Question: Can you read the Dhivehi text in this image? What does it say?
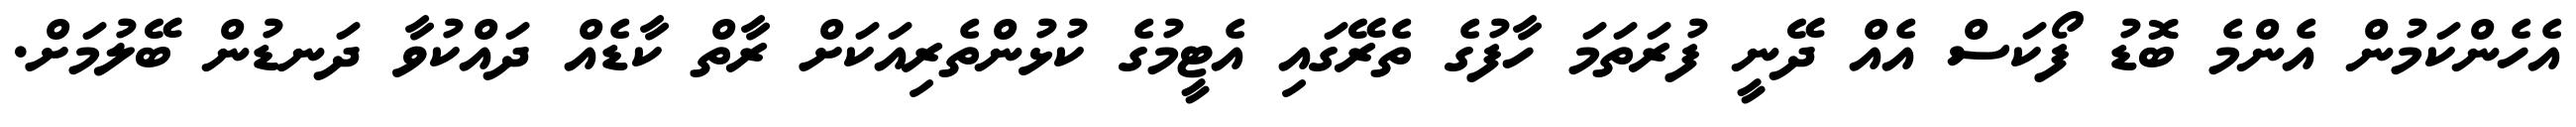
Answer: އެހެންކަމުން އެންމެ ބޮޑު ފޯކަސް އެއް ދޭނީ ފުރަތަމަ ހާފުގެ ތެރޭގައި އެޓީމުގެ ކުޅުންތެރިއަކަށް ރާތް ކާޑެއް ދައްކުވާ ދަނޑުން ބޭލުމަށް.